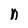
Character: n